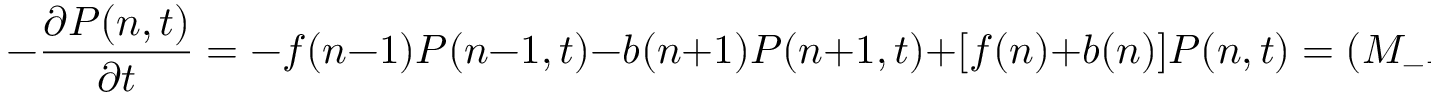
- \frac { \partial P ( n , t ) } { \partial t } = - f ( n - 1 ) P ( n - 1 , t ) - b ( n + 1 ) P ( n + 1 , t ) + [ f ( n ) + b ( n ) ] P ( n , t ) = ( M _ { - } P ) ( n , t ) ,